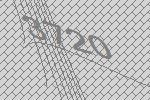
3720